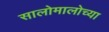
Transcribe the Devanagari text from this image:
सालोमालोच्या